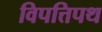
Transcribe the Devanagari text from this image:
विपत्तिपथ